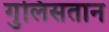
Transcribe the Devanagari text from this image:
गुलिसतान